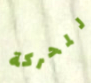
للحركة